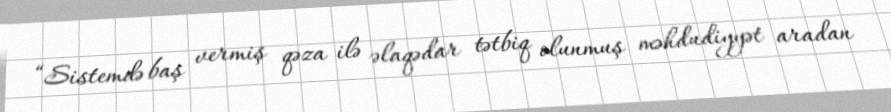
“Sistemdə baş vermiş qəza ilə əlaqədar tətbiq olunmuş məhdudiyyət aradan